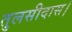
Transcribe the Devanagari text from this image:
तुलसीदास।